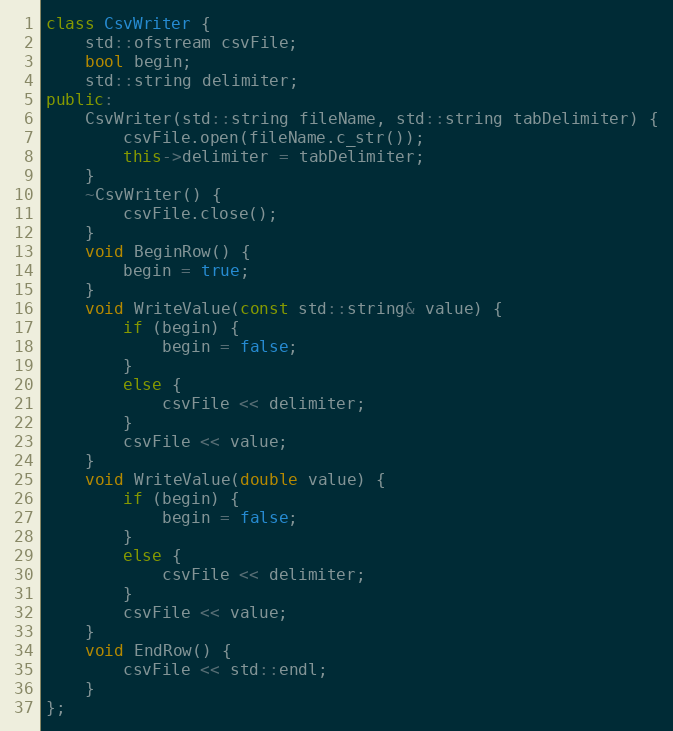
Language: C++
class CsvWriter {
    std::ofstream csvFile;
    bool begin;
    std::string delimiter;
public:
    CsvWriter(std::string fileName, std::string tabDelimiter) {
        csvFile.open(fileName.c_str());
        this->delimiter = tabDelimiter;
    }
    ~CsvWriter() {
        csvFile.close();
    }
    void BeginRow() {
        begin = true;
    }
    void WriteValue(const std::string& value) {
        if (begin) {
            begin = false;
        }
        else {
            csvFile << delimiter;
        }
        csvFile << value;
    }
    void WriteValue(double value) {
        if (begin) {
            begin = false;
        }
        else {
            csvFile << delimiter;
        }
        csvFile << value;
    }
    void EndRow() {
        csvFile << std::endl;
    }
};